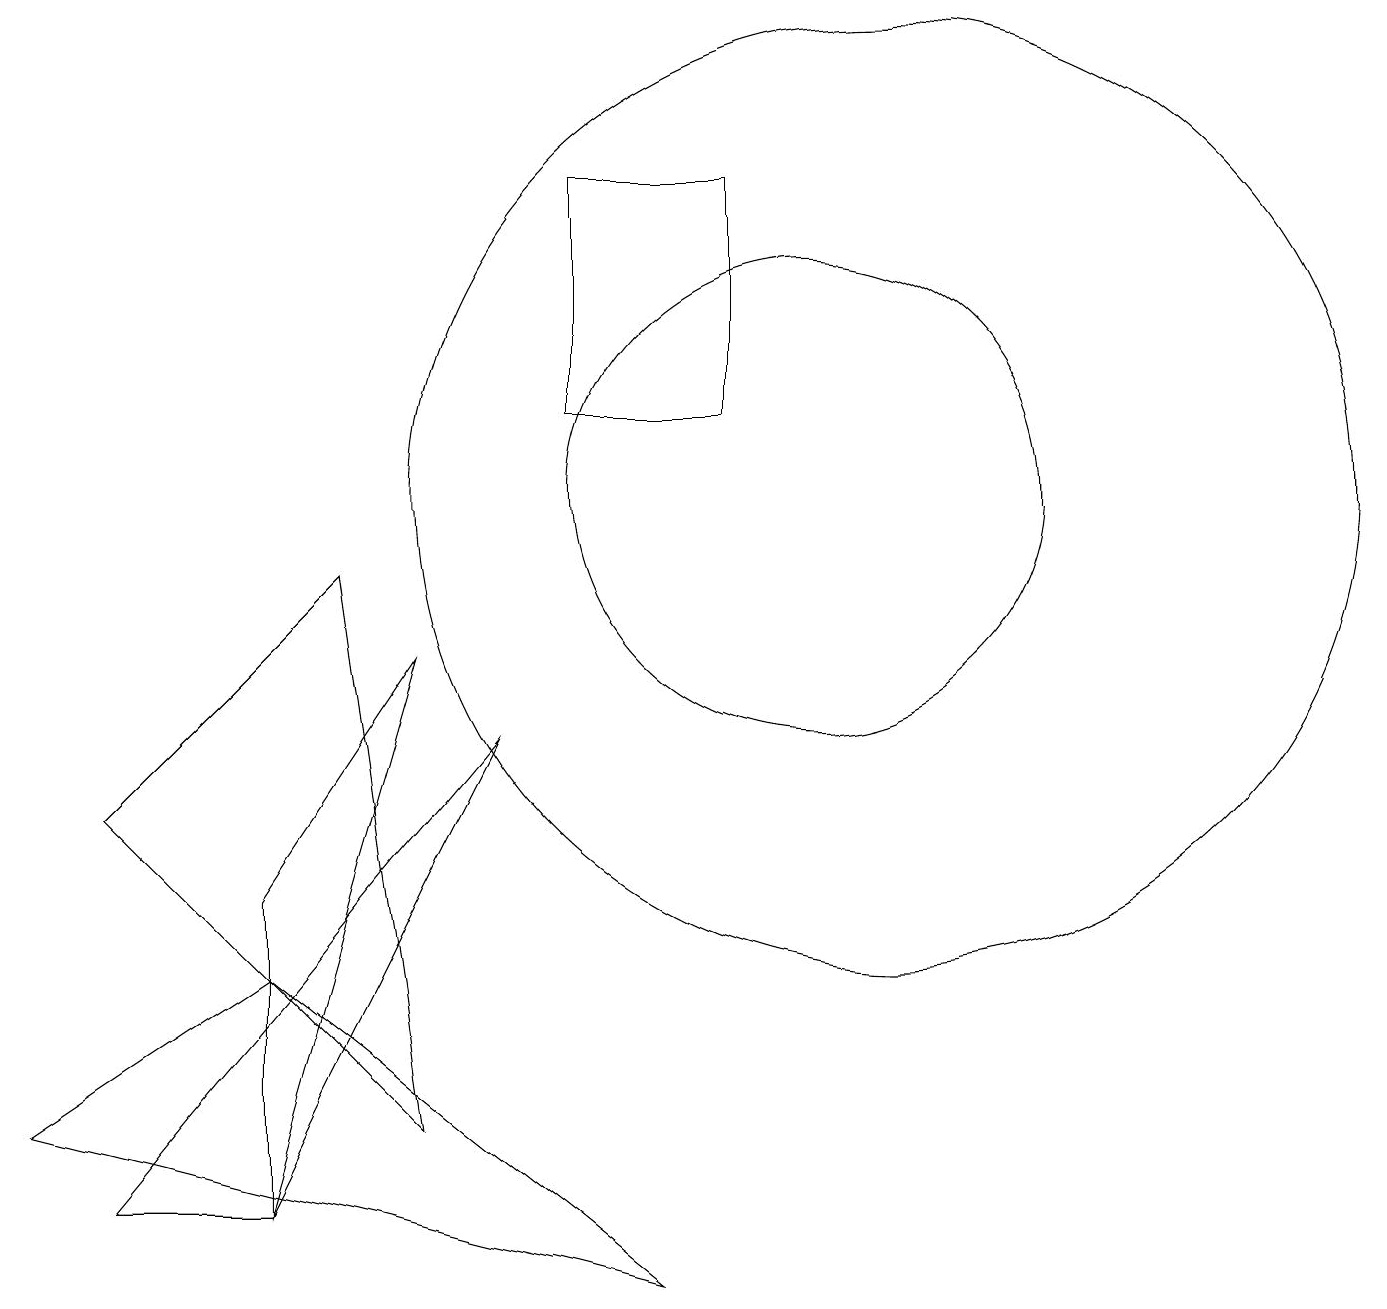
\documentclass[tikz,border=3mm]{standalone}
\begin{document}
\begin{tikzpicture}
\draw (10,10) circle (3);
\draw (1,6) -- (5,2) -- (4,9) -- cycle;
\draw (3,1) -- (1,1) -- (6,7) -- cycle;
\draw (11,10) circle (6);
\draw (9,14) rectangle (7,11);
\draw (3,4) -- (0,2) -- (8,0) -- cycle;
\draw (5,8) -- (3,5) -- (3,1) -- cycle;
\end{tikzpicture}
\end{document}